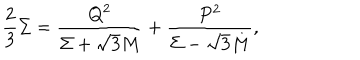
\frac { 2 } { 3 } \Sigma = \frac { Q ^ { 2 } } { \Sigma + \sqrt { 3 } M } + \frac { P ^ { 2 } } { \Sigma - \sqrt { 3 } M } ,